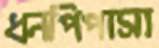
ধনপিপাসা